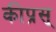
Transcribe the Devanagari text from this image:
कीप्रस्